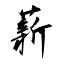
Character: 薪